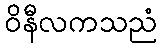
ဝိနီလကသညံ